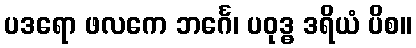
ပဒရော ဖလကေ ဘင်္ဂေ၊ ပဝုဒ္ဓ ဒရိယံ ပိစ။